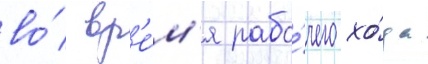
во́ вр'е́м'я рабо́чего хо́да